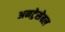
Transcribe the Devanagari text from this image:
अनट्रेसेबल